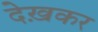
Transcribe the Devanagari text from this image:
देख़कर